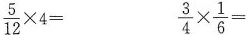
$$\frac { 5 } { 1 2 } \times 4 =$$ $$ \frac { 3 } { 4 } \times \frac { 1 } { 6 } =$$